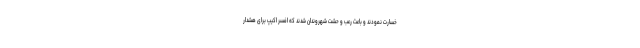
خسارت نمودند و باعث رعب و حشت شهروندان شدند که افسر اکیپ برای هشدار